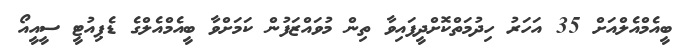
ބީއެމްއެލްއަށް 35 އަހަރު ހިދުމަތްކޮށްދީފައިވާ ތިން މުވައްޒަފުން ކަމަށްވާ ބީއެމްއެލްގެ ޑެޕިއުޓީ ސީއީއޯ